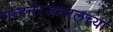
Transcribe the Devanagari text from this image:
गव्हर्नरजनरलच्या